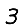
Digit: 3